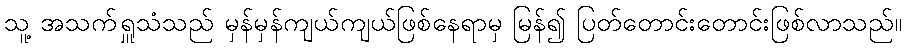
သူ့ အသက်ရှူသံသည် မှန်မှန်ကျယ်ကျယ်ဖြစ်နေရာမှ မြန်၍ ပြတ်တောင်းတောင်းဖြစ်လာသည်။